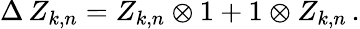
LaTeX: \Delta\, Z_{k,n}=Z_{k,n}\otimes 1+1\otimes Z_{k,n}\, .